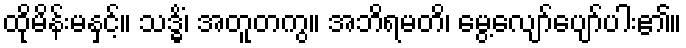
ထိုမိန်းမနှင့်။ သဒ္ဓိံ၊ အတူတကွ။ အဘိရမတိ၊ မွေ့လျော်ပျော်ပါး၏။